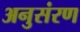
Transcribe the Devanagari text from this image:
अनुसंरण